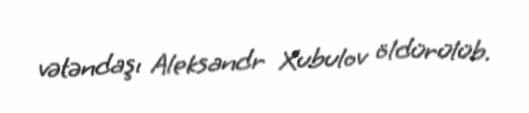
vətəndaşı Aleksandr Xubulov öldürülüb.